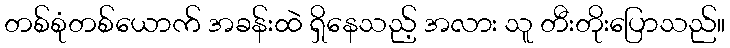
တစ်စုံတစ်ယောက် အခန်းထဲ ရှိနေသည့် အလား သူ တီးတိုးပြောသည်။